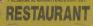
restaurant